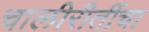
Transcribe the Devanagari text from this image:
चालीरीतींचा